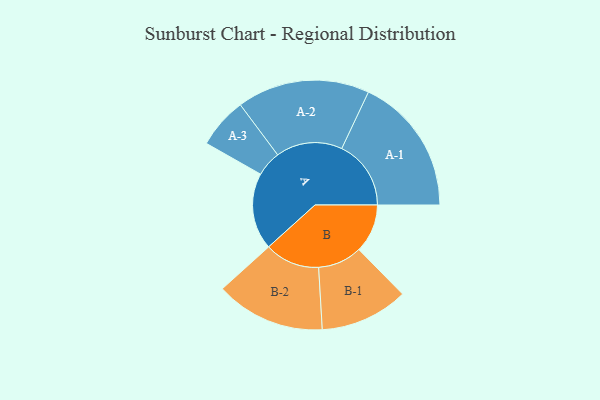
{"axis": {"x": "Segment", "y": "Value"}, "legend": ["", "A", "B"], "data": [{"x": "A", "y": 320, "type": ""}, {"x": "B", "y": 203, "type": ""}, {"x": "A-1", "y": 289, "type": "A"}, {"x": "A-2", "y": 277, "type": "A"}, {"x": "A-3", "y": 106, "type": "A"}, {"x": "B-1", "y": 184, "type": "B"}, {"x": "B-2", "y": 229, "type": "B"}]}